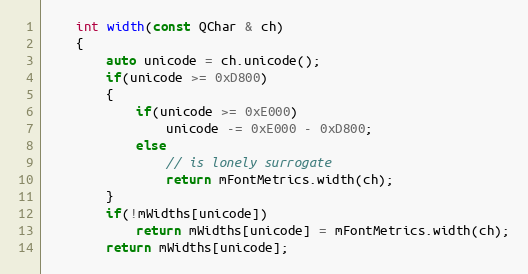
Language: C
    int width(const QChar & ch)
    {
        auto unicode = ch.unicode();
        if(unicode >= 0xD800)
        {
            if(unicode >= 0xE000)
                unicode -= 0xE000 - 0xD800;
            else
                // is lonely surrogate
                return mFontMetrics.width(ch);
        }
        if(!mWidths[unicode])
            return mWidths[unicode] = mFontMetrics.width(ch);
        return mWidths[unicode];